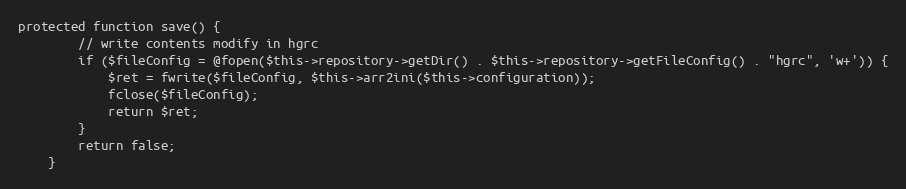
Language: PHP
protected function save() {
        // write contents modify in hgrc
        if ($fileConfig = @fopen($this->repository->getDir() . $this->repository->getFileConfig() . "hgrc", 'w+')) {
			$ret = fwrite($fileConfig, $this->arr2ini($this->configuration));
			fclose($fileConfig);
			return $ret;
		}
		return false;
    }